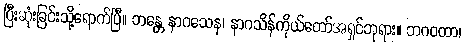
ပြီးဆုံးခြင်းသို့ရောက်ပြီ။ ဘန္တေ နာဂသေန၊ နာဂသိန်ကိုယ်တော်အရှင်ဘုရား။ ဘဂဝတာ၊